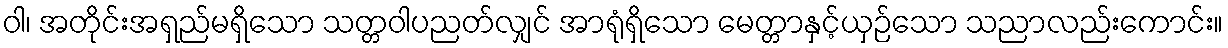
ဝါ၊ အတိုင်းအရှည်မရှိသော သတ္တဝါပညတ်လျှင် အာရုံရှိသော မေတ္တာနှင့်ယှဉ်သော သညာလည်းကောင်း။